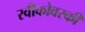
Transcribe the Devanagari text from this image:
स्वीकोवस्की